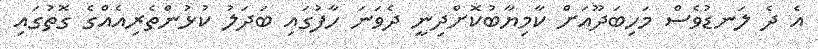
އެ ދެ ލަނޑުވެސް މަހިބަދޫއަށް ކާމިޔާބުކޮށްދިނީ ދެވަނަ ހާފުގައި ބަދަލު ކުޅުންތެރިއެއްގެ ގޮތުގައި